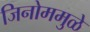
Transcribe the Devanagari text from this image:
जिनोममुळे